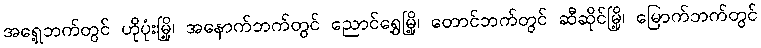
အရှေ့ဘက်တွင် ဟိုပုံးမြို့၊ အနောက်ဘက်တွင် ညောင်ရွှေမြို့၊ တောင်ဘက်တွင် ဆီဆိုင်မြို့၊ မြောက်ဘက်တွင်